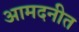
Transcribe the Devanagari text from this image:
आमदनीत